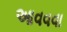
આવવવા